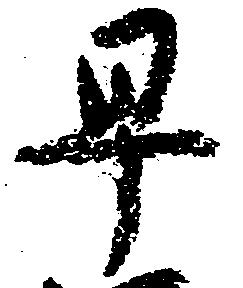
早